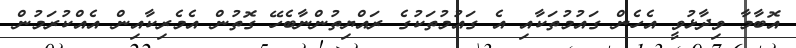
އޮބާމާ ވިދާޅުވީ އެހެން ގައުމުތަކާއި އެ ގައުމުތަކުގެ ރައްޔިތުންނާބެހޭ ގޮތުން އެމެރިކާއިން އެއްކުރަމުން